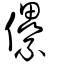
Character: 儽